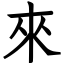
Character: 來